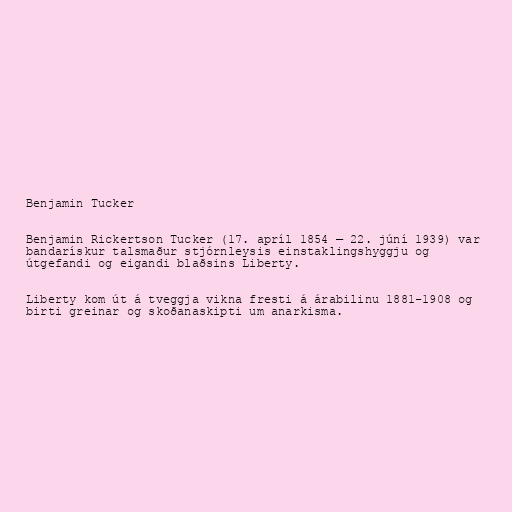
Benjamin Tucker

Benjamin Rickertson Tucker (17. apríl 1854 — 22. júní 1939) var
bandarískur talsmaður stjórnleysis einstaklingshyggju og
útgefandi og eigandi blaðsins Liberty.

Liberty kom út á tveggja vikna fresti á árabilinu 1881-1908 og
birti greinar og skoðanaskipti um anarkisma.